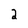
Character: 2